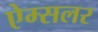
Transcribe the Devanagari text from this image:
ऐम्सलर